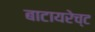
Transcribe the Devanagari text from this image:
बाटायरेच्ट